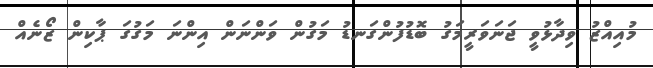
މުއިއްޒު ވިދާޅުވީ ޖަނަވަރީމަގު ބޮޑުފުންގަނޑު މަގުން ވަންނަން އިންނަ މަގުގަ ޕާކިން ޒޯނެއް